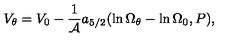
V _ { \theta } = V _ { 0 } - { \frac { 1 } { \cal A } } a _ { 5 / 2 } ( \ln \Omega _ { \theta } - \ln \Omega _ { 0 } , P ) ,